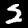
Label: 2